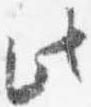
此